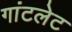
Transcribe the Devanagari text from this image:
गांटलेट